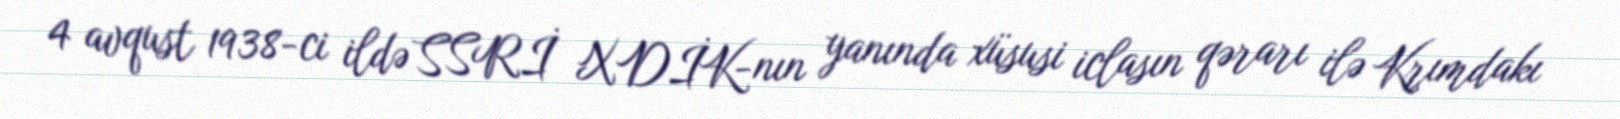
4 avqust 1938-ci ildə SSRİ XDİK-nın yanında xüsusi iclasın qərarı ilə Krımdakı